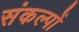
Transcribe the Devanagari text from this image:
संकल्‍पों